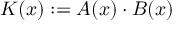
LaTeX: K ( x ) : = A ( x ) \cdot B ( x )